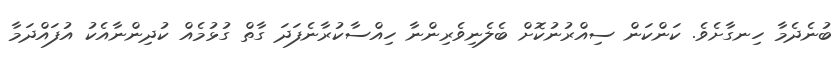
ބުނެދެމާ ހިނގާށެވެ. ކަންކަން ސިއްރުނުކޮށް ބެލެނިވެރިންނާ ހިއްސާކުރާނެފަދަ ގާތް ގުޅުމެއް ކުދިންނާއެކު އުފައްދަމާ